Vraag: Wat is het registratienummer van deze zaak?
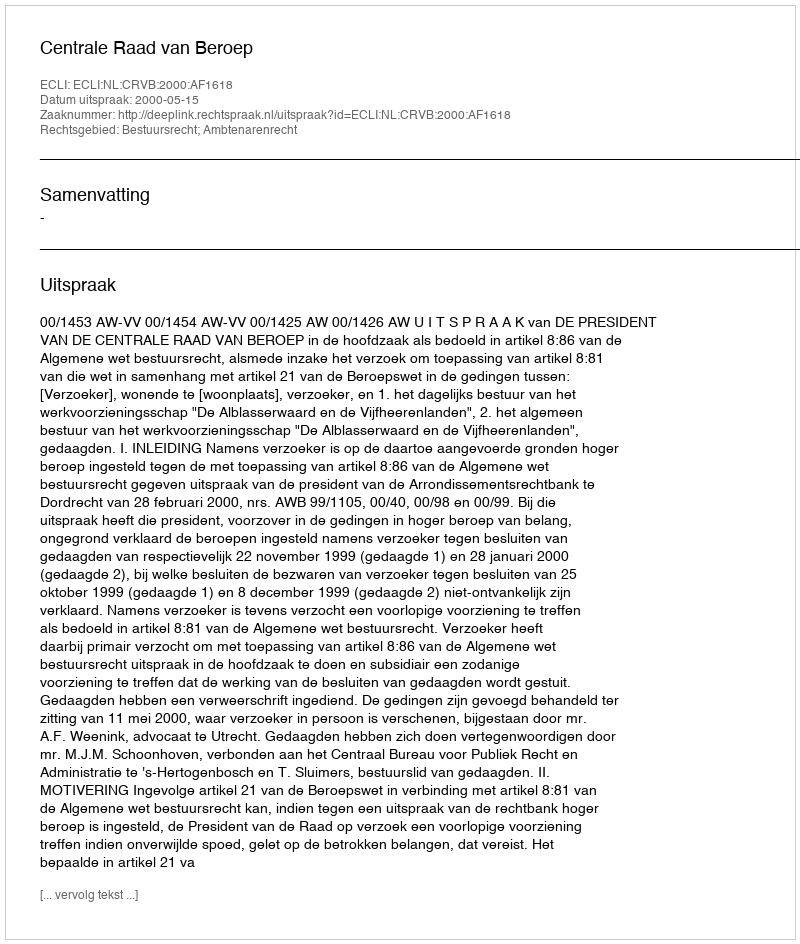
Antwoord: http://deeplink.rechtspraak.nl/uitspraak?id=ECLI:NL:CRVB:2000:AF1618